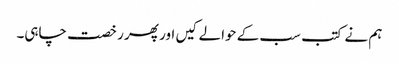
ہم نے کتب سب کے حوالے کیں اور پھر رخصت چاہی۔